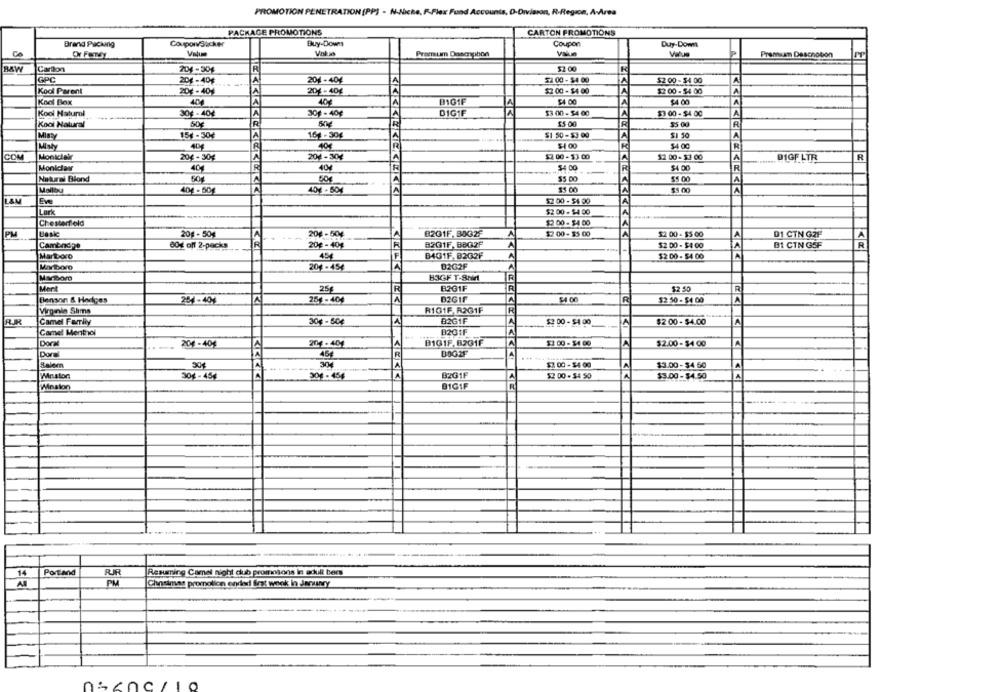
PROMOTION PENETRATION (PP) - N-Ache, F-Flex Fuad Accounts, O-Division, R-Region, A-Area
PACKAGE PROMOTIONS
CARTON PROMOTIONS
Brand Packing
CouponvSicker
Buy-Down
Coupon
Duy-Dows
Co
Value
Value
Premium Descripbon
A
Prenuan Deschobon
B&W
Carton
204 -30€
$2 00
GPC
20€ -40$
A
201 - 404
$2 00 - $4 00
$2 00 - 54 00
Kodi Parent
$2 00 - $4 00
$2 00 - 54 00
20€-404
20%-40€
Knot Box
404
B101F
$4 00
$4 00
A
Kool Natural
30€ - 404
30g - 40€
DIGIF
$3 00 - 54 00
$3 00 -$4 00
A
Kool Natural
50€
R
50€
$5 00
$5 00
Misty
154 - 30+
161 -30€
$1 50-53 00
$1 50
40€
404
$1 00
54 00
Misty
Montclair
20€ - 30%
A
201-304
$2 00 - $3 00
$2 00- 51 00
DIGE LTR
R
Monicar
40
$4 00
40g
Natural Blond
$5 00
$5 00
A
...
Mallbu
40€ - 50g
40% - 504
$5.00
$5 00
LAU
Eve
$2 00 - $4 00
Lark
$2 00 - $4 00
Chesterfield
$2 00 - $4 00
PM
20g - 50€
20g - 504
B201F, BAG2F
$2 00 - $5 00
$2 00 - $5.00
DI CTN G2F
A
Cambndige
80% off 2-packs
TR
20€ - 40€
B201F, BBQ2F
$2 00 - $4 00
BI CIN GSF
Martboro
454
B401F.8262F
$2 00 - 54 00
A
Maviboro
204-45€
02G2F
Manbor
B3GF T-Shirt
Mert
25€
B2G1F
$2.50
R
B2G1F
$4 00
A
Benson & Hodges
254-404
254-404
R
$2 50 - 54 00
Virginie Sims
R101F. R2G1F
RR
Camel Faerity
30€ - 50€
B2G1F
$2 00 - 54 00
A
$2 00 - $4.00
A
Camel Menthol
B2GIF
Doral
...
201 -404
201-404
B101F.8201F
$2 00 - $4 00
A
$2.00- $4 00
A
454
Doral
Salern
304
LA
$2 00 - $4 00
$3.00 - $4 50
A
B2G1F
Winston
30% - 454
201 -456
$2 00 - 54 50
$3.00- $4.50
Winston
BIG1F
14
Portland
RR
Resuming Camel Night dub promosons in adult bers
PM
Chosimas promotion ended first week in Jarwany